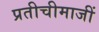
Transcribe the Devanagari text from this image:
प्रतीचीमाजीं